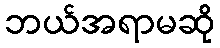
ဘယ်အရာမဆို